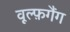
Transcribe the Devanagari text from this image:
वूल्फ़गैंग